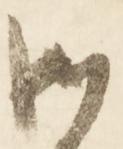
御